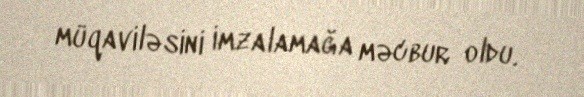
müqaviləsini imzalamağa məcbur oldu.